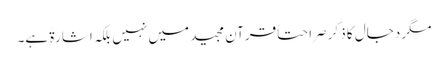
مگر دجال کا ذکر صراحتاً قرآن مجید میں نہیں بلکہ اشارۃً ہے۔